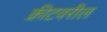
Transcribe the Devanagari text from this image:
क्रीटवरील